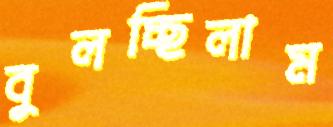
বুলচ্ছিলাম